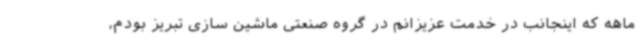
ماهه که اینجانب در خدمت عزیزانم در گروه صنعتی ماشین سازی تبریز بودم،